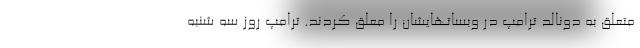
متعلق به دونالد ترامپ در وبساتهایشان را معلق کردند. ترامپ روز سه شنبه